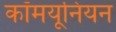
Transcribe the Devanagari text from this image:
कॉमयूनियन